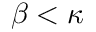
\beta < \kappa